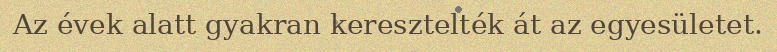
Az évek alatt gyakran keresztelték át az egyesületet.